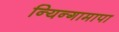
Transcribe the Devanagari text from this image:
न्यिन्गामापा